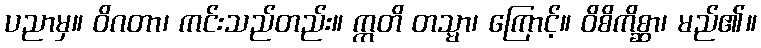
ပညာမှ။ ဝိဂတာ၊ ကင်းသည်တည်း။ ဣတိ တသ္မာ၊ ကြောင့်။ ဝိစိကိစ္ဆာ၊ မည်၏။